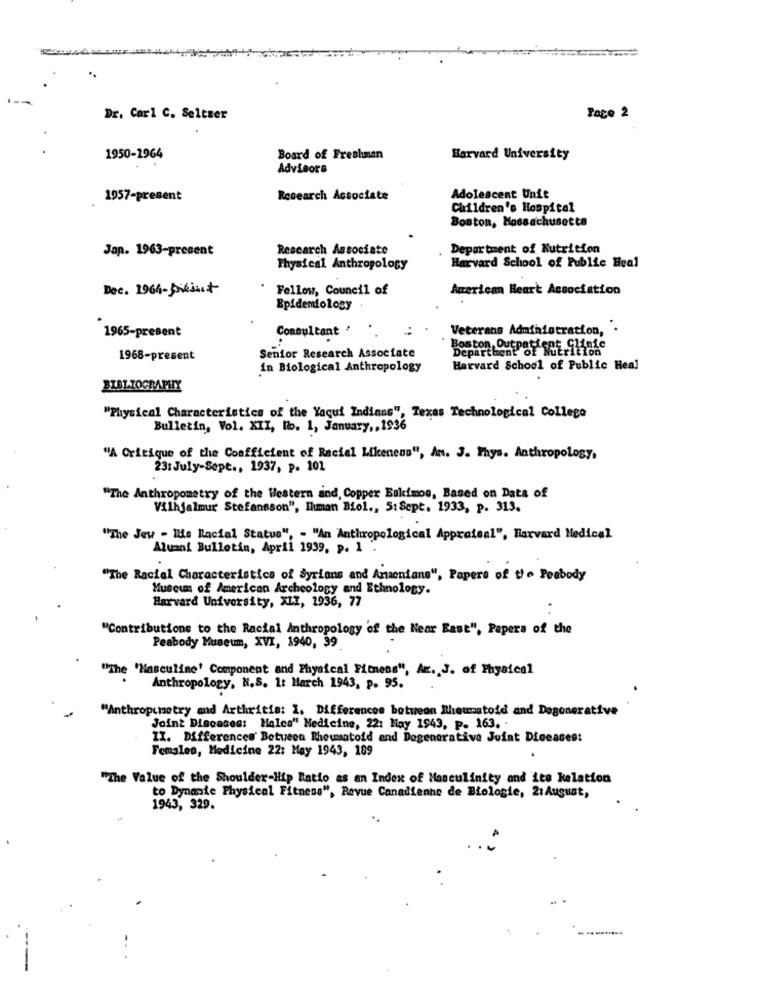
Dr. Carl C. Seltzer
Page 2
1950-1964
Board of Freshman
Harvard University
Advisors
1957-present
Research Associate
Adolescent Unfe
Children's Hospital
Boston, Massachusetts
Jap. 1963-present
Research Associate
Department of Nutrition
Physical Anthropology
Harvard School of Public Heal
Dec. 1964-presut
Fellow, Council of
American Heart Association
Epidemiology
1965-present
Consultant '
Veterans Administration, .
Boston Outpatient Glini
Departhent of Mitri
1968-present
Senior Research Associate
in Biological Anthropology
Harvard School of Public Heal
BIBLIOGRAPHY
"Physical Characteristics of the Yaqui Indians", Texas Technological College
Bulletin, Vol. XII, Hbo. 1, January ,, 1936
"A Critique of the Coefficient of Racial Likeness", An. J. Phys. Anthropology,
23: July-Sept ., 1937, p. 101
"The Anthropometry of the Western and, Copper Bukimos, Based on Data of
Vilhjalmur Stefansson", Ihuman Biol ., 5:Sept. 1933, p. 313.
"The Jeu - Ils Racial Status", - "An Anthropological
pprateal", Harvard Medical
Alumni Bulletin, April 1939, p. 1
"The Racial Characteristics of Syrians and Armenians", Papers of the Peabody
Museum of American Archeology and Ethnology.
Harvard University, XII, 1936, 77
"Contributions to the Racial Anthropology of the Near East", Papers of the
Peabody Museum, XVI, 1940, 39
"The 'Masculine' Component and Physical Fitness", Az. J. of Physical
Anthropology, N.S. It March 1943, p. 95.
"Anthropometry and Arthritis: 1. Differences between Rheumatoid and Degenerative
Joint Diseases: Males" Medicine, 22: May 1943, P. 163.
IX. Differences Between Rheumatoid and Degenerative Juint Diseases:
Females, Medicine 22: May 1943, 189
"The Value of the Shoulder-Hip Ratio as an Index of Masculinity and its kelation
to Dynanie Physical Fitness", Revue Canadienne de Biologie, 21August,
1943, 329.